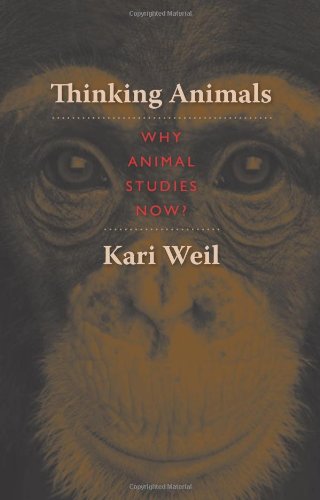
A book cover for Thinking Animals: Why Animal Studies Now?; Kari Weil; Science & Math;